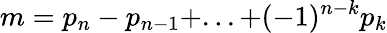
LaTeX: m=p_{n}-p_{n-1}+...+(-1)^{n-k}p_{k}